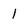
Character: 1